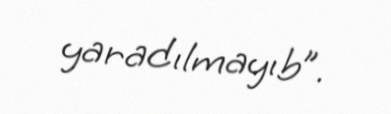
yaradılmayıb”.